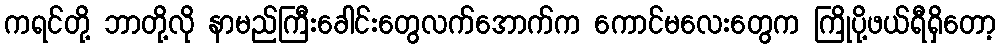
ကရင်တို့ ဘာတို့လို နာမည်ကြီးခေါင်းတွေလက်အောက်က ကောင်မလေးတွေက ကြိုပို့ဖယ်ရီရှိတော့